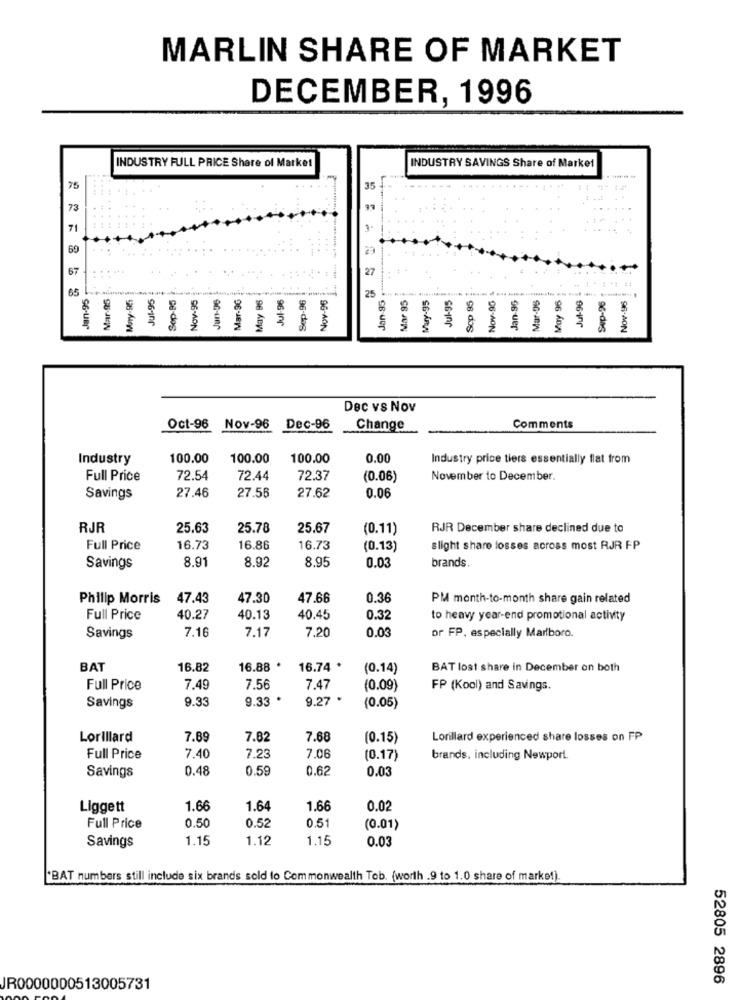
MARLIN SHARE OF MARKET
DECEMBER, 1996
INDUSTRY SAVINGS Share of Market
INDUSTRY FULL PRICE Share of Market
75
35
... ....
73
...
69
Jan 95 ........
67
27
Jan.95-
65
Mar-95
May-955
Jul-95
Sop-85
Jun-06
Mar-96
May 96
Jul-96
Nov-96
Nov-95
Jan-96
Mar-08
Jul-96
Nov-95
Sep-96
25
Mar 95
Muy-95
Jul-95
Scp 95
Moy 96
Sup-96
3
Dec vs Nov
Oct-96 Nov-96 Dec-96
Change
Comments
Industry
100.00
100.00
100.00
0.00
Industry price tiers essentially flat from
Full Price
72.54
72.44
72.37
(0.06)
November to December.
27.56
Savings
27.46
27.62
0.06
RJR
25.63
25.78
25.67
(0.11)
RJR December share declined due to
Full Price
16.73
16.86
16.73
(0.13)
slight share losses across most RJR FP
8.91
8.92
8.95
Savings
0.03
brands.
Philip Morris
47.43
47.30
47.66
0.36
PM month-to-month share gain related
Full Price
40.27
40.13
40.45
0.32
to heavy year-end promotional activity
7.1
Savings
7.17
7.20
0.03
or FP, especially Marlboro.
BAT
16.82
16.88 *
16.74 *
(0.14)
BAT lost share in December on both
Full Price
7.49
7.56
7.47
(0.09)
FP (Kool) and Savings.
9.33
9.33 *
9.27 *
Savings
(0.05)
Lorillard
7.89
7.82
7.68
(0.15)
Lorillard experienced share losses on FP
Full Price
7.40
7.23
7.06
(0.17)
brands, including Newport.
Savings
0.48
0.59
0.62
0.03
Liggett
1.66
1.64
1.66
0.02
0.50
0.52
0.51
Full Price
(0.01)
Savings
1.15
1.12
1.15
0.03
"BAT numbers still include six brands sold to Commonwealth Tob. (worth .9 to 1.0 share of marke!).
52805 2896
JR0000000513005731